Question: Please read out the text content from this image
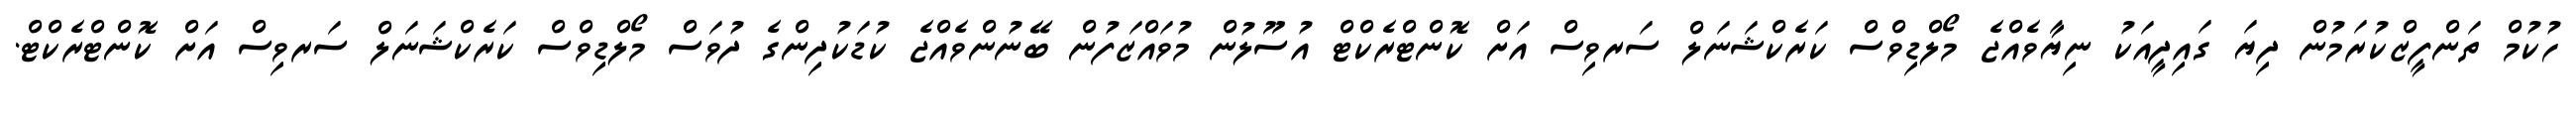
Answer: ހުކުމް ތަންފީޒްކުރަމުން ދިޔަ ގައިދީއަކު ނިޔާވެއްޖެ މޯލްޑިވްސް ކަރެކްޝަނަލް ސަރވިސް އަށް ކޮންޓްރެކްޓް އުސޫލުން މުވައްޒަފުން ބޭނުންވެއްޖެ ކުޑަކުދިންގެ ދުވަސް މޯލްޑިވްސް ކަރެކްޝަނަލް ސަރވިސް އަށް ކޮންޓްރެކްޓް.